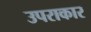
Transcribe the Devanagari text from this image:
उपराकार